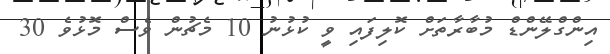
އިންގްލޭންޑް މުބާރާތަށް ކޮލިފައި ވީ ކުޅުނު 10 މެޗުން ވެސް މޮޅުވެ 30